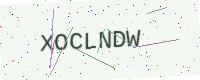
Text: XOCLNDW